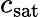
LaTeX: c_{\mathrm{sat}}